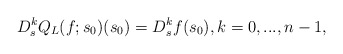
\begin{align*}D_s^kQ_L(f;s_0)(s_0)=D_s^kf(s_0), k=0,...,n-1,\end{align*}